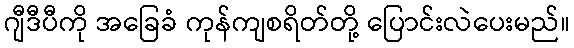
ဂျီဒီပီကို အခြေခံ ကုန်ကျစရိတ်တို့ ပြောင်းလဲပေးမည်။